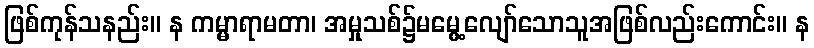
ဖြစ်ကုန်သနည်း။ န ကမ္မာရာမတာ၊ အမှုသစ်၌မမွေ့လျော်သောသူအဖြစ်လည်းကောင်း။ န